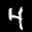
Label: 4